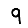
Digit: 9